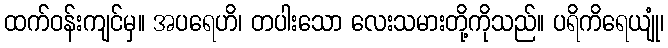
ထက်ဝန်းကျင်မှ။ အပရေဟိ၊ တပါးသော လေးသမားတို့ကိုသည်။ ပရိကိရေယျုံ၊